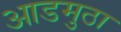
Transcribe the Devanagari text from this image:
आडमुठा